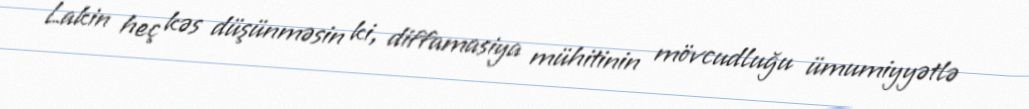
Lakin heç kəs düşünməsin ki, diffamasiya mühitinin mövcudluğu ümumiyyətlə